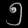
Digit: ၅